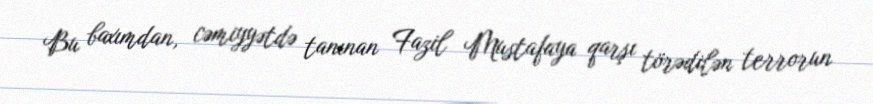
Bu baxımdan, cəmiyyətdə tanınan Fazil Mustafaya qarşı törədilən terrorun